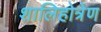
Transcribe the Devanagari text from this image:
शालिहोत्रेण